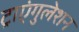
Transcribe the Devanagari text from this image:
ट्राएंगुलेशन